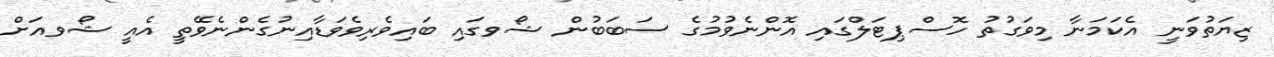
ޒިޔަތުވަނީ އެކަމަނާ މިވަގުތު ހޮސްޕިޓަލްގައި އޮންނެވުމުގެ ސަބަބުން ޝޯވގައި ބައިވެރިވެވަޑާއިނުގެންނެވޭތީ އެއީ ޝޯވއަށް